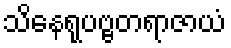
သိနေရုပဗ္ဗတရာဇာယံ